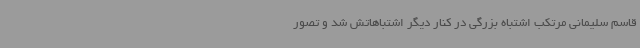
قاسم سلیمانی مرتکب اشتباه بزرگی در کنار دیگر اشتباهاتش شد و تصور